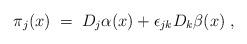
LaTeX: \begin{align*}\pi_j (x) \;=\; D_j \alpha (x) + \epsilon_{j k} D_k \beta (x) \;,\end{align*}